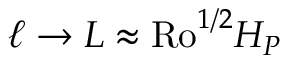
\ell \rightarrow L \approx \mathrm { R o } ^ { 1 / 2 } H _ { P }